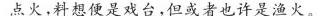
点火，料想便是戏台，但或者也许是渔火。